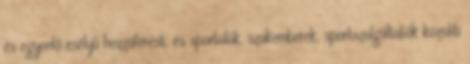
és egyenlő esélyű hozzáférést, és sportolók, szakemberek, sportszolgáltatók közötti